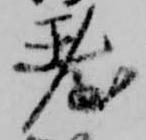
台